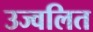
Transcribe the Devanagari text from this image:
उज्वलित